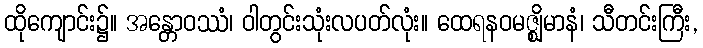
ထိုကျောင်း၌။ အန္တောဝဿံ၊ ဝါတွင်းသုံးလပတ်လုံး။ ထေရနဝမဇ္ဈိမာနံ၊ သီတင်းကြီး,